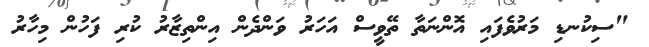
"ސިކުނޑި މަރުވެފައި އޮންނަތާ ތޭވީސް އަހަރު ވަންދެން އިންތިޒާރު ކުރި ފަހުން މިހާރު